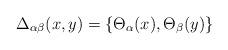
LaTeX: \begin{align*}\Delta_{\alpha\beta} (x,y) =\left\{\Theta_\alpha(x),\Theta_\beta(y)\right\}\end{align*}